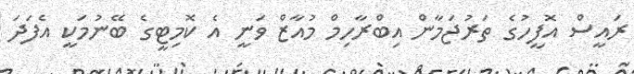
ރައީސް އޮފީހުގެ ތަރުޖަމާން އިބްރާހިމް މުއާޒް ވަނީ އެ ކޮމިޓީގެ ބޭނުމަކީ އެފަދަ